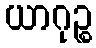
ယာဂုဉ္စ